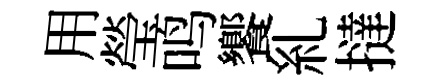
用瑩鸣饗糺撻